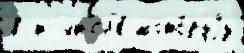
в и числ'е́ кото́руjу